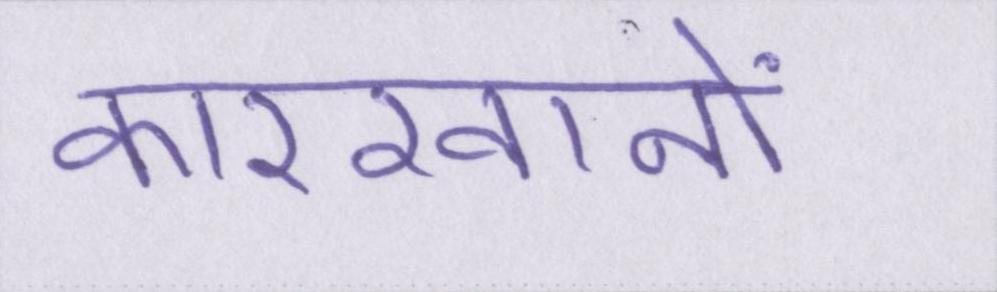
कारखानों